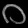
Digit: ၀